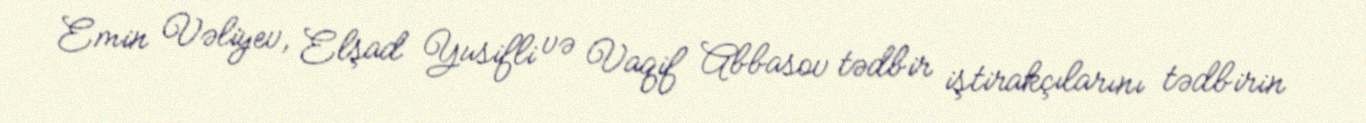
Emin Vəliyev, Elşad Yusifli və Vaqif Abbasov tədbir iştirakçılarını tədbirin